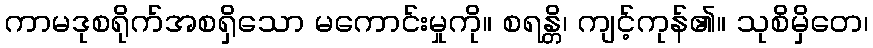
ကာမဒုစရိုက်အစရှိသော မကောင်းမှုကို။ စရန္တိ၊ ကျင့်ကုန်၏။ သုစိမှိတေ၊